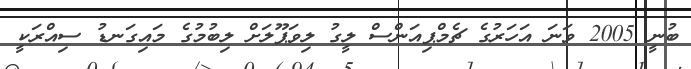
ބުނީ 2005 ވަނަ އަހަރުގެ ޗެމްޕިއަންސް ލީގު ލިވަޕޫލަށް ލިބުމުގެ މައިގަނޑު ސިއްރަކީ